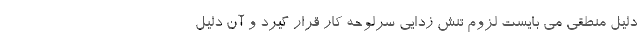
دلیل منطقی می بایست لزوم تنش زدایی سرلوحه کار قرار گیرد و آن دلیل